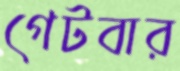
গেটবার